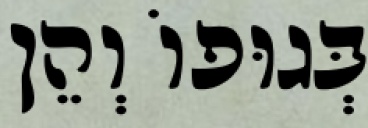
בְּגוּפוֹ וְהֵן